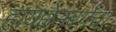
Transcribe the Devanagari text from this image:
हायझेनबर्गचा